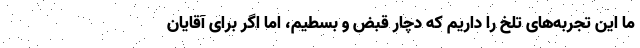
ما این تجربه‌های تلخ را داریم که دچار قبض و بسطیم، اما اگر برای آقایان